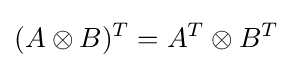
(A\otimes B)^{T}=A^{T}\otimes B^{T}